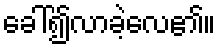
ခေါ်၍လာခဲ့လေ၏။